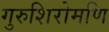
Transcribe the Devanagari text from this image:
गुरुशिरोमणि